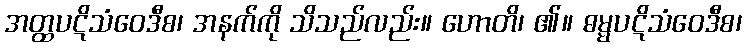
အတ္ထပဋိသံဝေဒီစ၊ အနက်ကို သိသည်လည်း။ ဟောတိ၊ ၏။ ဓမ္မပဋိသံဝေဒီစ၊